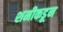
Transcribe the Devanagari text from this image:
शमीकडून